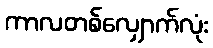
ကာလတစ်လျှောက်လုံး